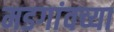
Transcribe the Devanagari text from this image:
मडगांवच्या